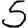
Digit: 5